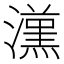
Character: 𱩭